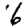
Digit: 6